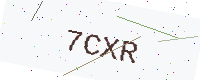
Text: 7CXR